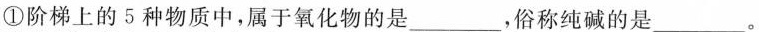
①阶梯上的5种物质中，属于氧化物的是___，俗称纯碱的是___。